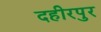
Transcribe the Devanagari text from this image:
दहीरपुर